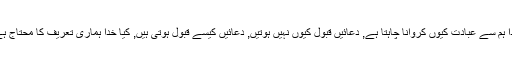
, خدا ہم سے عبادت کیوں کروانا چاہتا ہے, دعائیں قبول کیوں نہیں ہوتیں, دعائیں کیسے قبول ہوتی ہیں, کیا خدا ہماری تعریف کا محتاج ہے ؟